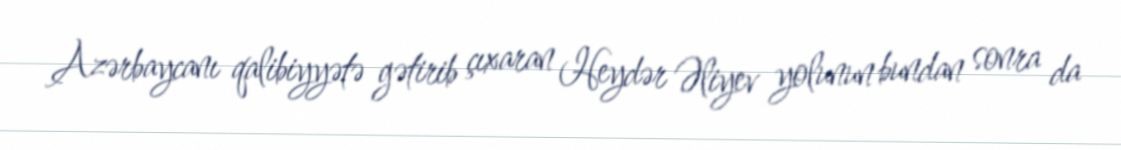
Azərbaycanı qalibiyyətə gətirib çıxaran Heydər Əliyev yolunun bundan sonra da